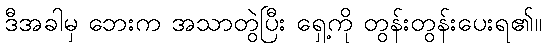
ဒီအခါမှ ဘေးက အသာတွဲပြီး ရှေ့ကို တွန်းတွန်းပေးရ၏။